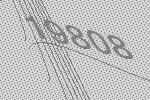
19808